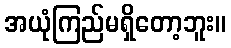
အယုံကြည်မရှိတော့ဘူး။